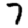
Digit: 7